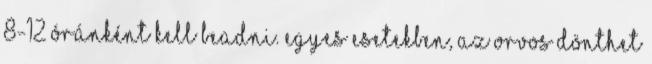
8-12 óránként kell beadni. Egyes esetekben, az orvos dönthet